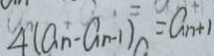
4 ( a _ { n } - a _ { n - 1 } ) = a _ { n + 1 }